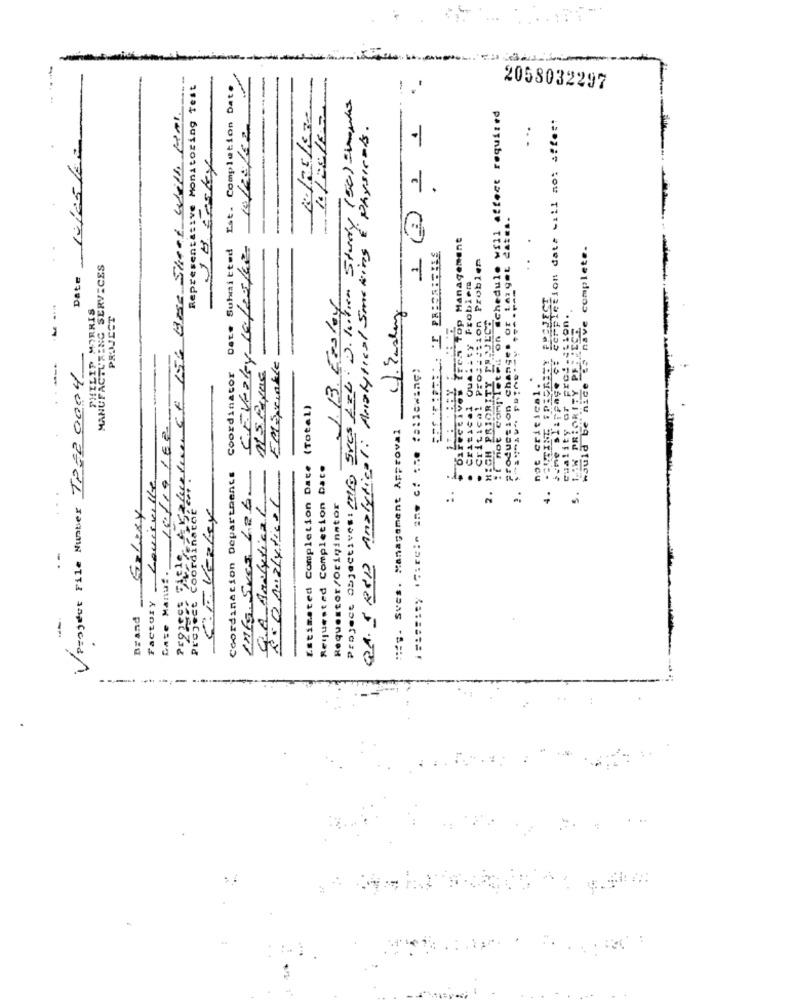
Est. Completion Dat.
Representative Monitoring Test
Project objectives: // Svcs Azb. D. Kitien Study (50) Shows
!. '
2058032297
zkuste et 156 Bar Skeet Will Kal
it not completed on schedule will Affect required
Jsme slippage ç: cerpiction date will not affect
QA. S ROD Analytical: Analytical Smoking & Physicals.
-
. ..
1 0 2
directivos Yren Top Management
Date Submitted
CEVeaty 10 /25/60
complete.
Problem
Critical Production Problem
MANUFACTURING SERVICES
Date
Critical Quality Problem
1.13. 50/04
OUTING SORORITY PROJECT
PHILIP MORRIS
PROJECT
HIGH PRIORITY PR-JECE
cuality or prediction.
es nave
THW PRIORITY PARECE
Project File Number TP22 0004
Coordinator
EMSprinkle
not critical.
would be nice
Date Manu :. 10/19168-
(Total)
M. Sves. Management Approval
Estimated Completion Date
Requested Completion Date
Louisville
Coordination Departments
4.
Ints. Svcs 426
que Analytical
2.0 perlytical
:.
2.
5.
Galaxy
CE Veaky
Requestor/Originator
Factory
Brand
Proje
---------